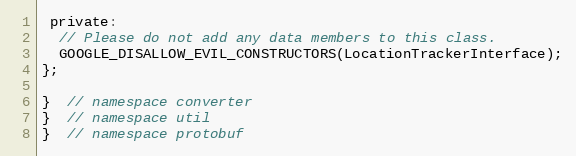
Language: C
 private:
  // Please do not add any data members to this class.
  GOOGLE_DISALLOW_EVIL_CONSTRUCTORS(LocationTrackerInterface);
};

}  // namespace converter
}  // namespace util
}  // namespace protobuf